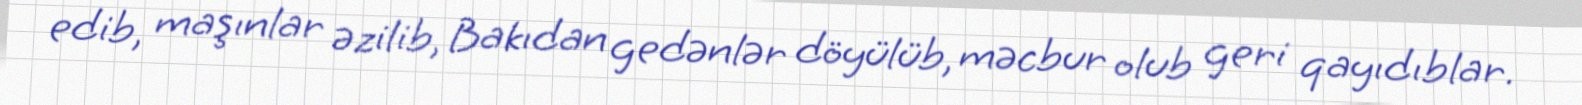
edib, maşınlar əzilib, Bakıdan gedənlər döyülüb, məcbur olub geri qayıdıblar.